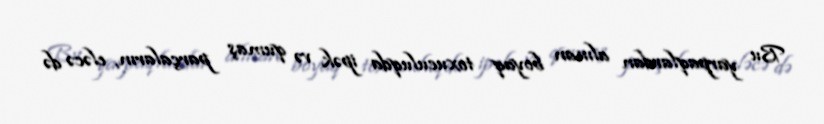
Bu yarpaqlardan alınan boyaq toxuculuqda ipək və qumaş parçaların, eləcə də